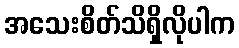
အသေးစိတ်သိရှိလိုပါက